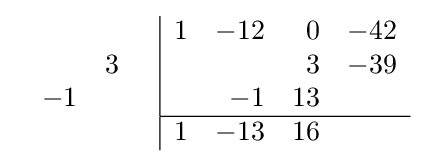
{\begin{array}{cc}{\begin{array}{rr}\\&3\\-1&\\\\\end{array}}&{\begin{array}{|rrrr}1&-12&0&-42\\&&3&-39\\&-1&13&\\\hline 1&-13&16&\\\end{array}}\end{array}}